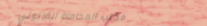
مكتب المحاماة القانوني